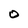
Character: 0